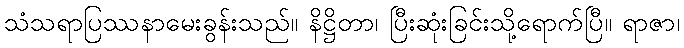
သံသရာပြဿနာမေးခွန်းသည်။ နိဋ္ဌိတာ၊ ပြီးဆုံးခြင်းသို့ရောက်ပြီ။ ရာဇာ၊